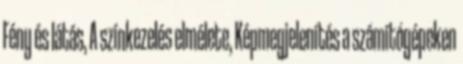
Fény és látás, A színkezelés elmélete, Képmegjelenítés a számítógépeken